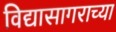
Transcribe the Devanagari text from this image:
विद्यासागराच्या